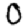
Digit: 0